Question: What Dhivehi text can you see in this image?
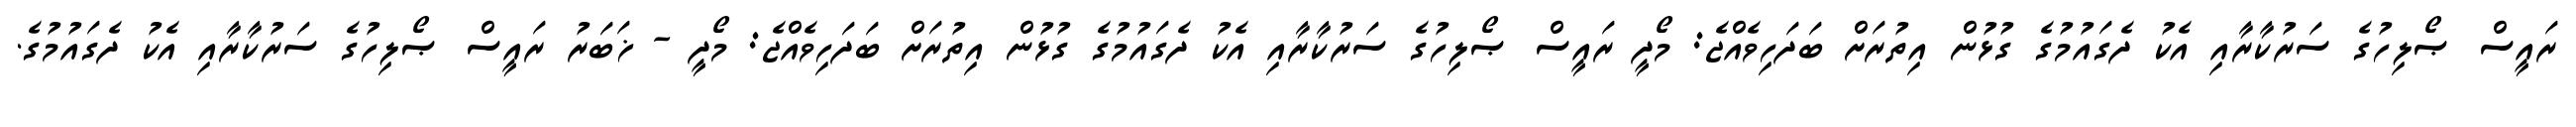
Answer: ރައީސް ޞޯލިހުގެ ސަރުކާރާއި އެކު ދެގައުމުގެ ގުޅުން އިތުރަށް ބަދަހިވެއްޖެ: މޯދީ ރައީސް ޞޯލިހުގެ ސަރުކާރާއި އެކު ދެގައުމުގެ ގުޅުން އިތުރަށް ބަދަހިވެއްޖެ: މޯދީ - ޚަބަރު ރައީސް ޞޯލިހުގެ ސަރުކާރާއި އެކު ދެގައުމުގެ.